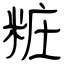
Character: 粧